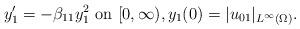
LaTeX: \begin{align*}y_1' = - \beta_{11} y_1^2 \mbox{ on } [0,\infty), y_1(0) = |u_{01}|_{L^{\infty}(\Omega)}. \end{align*}